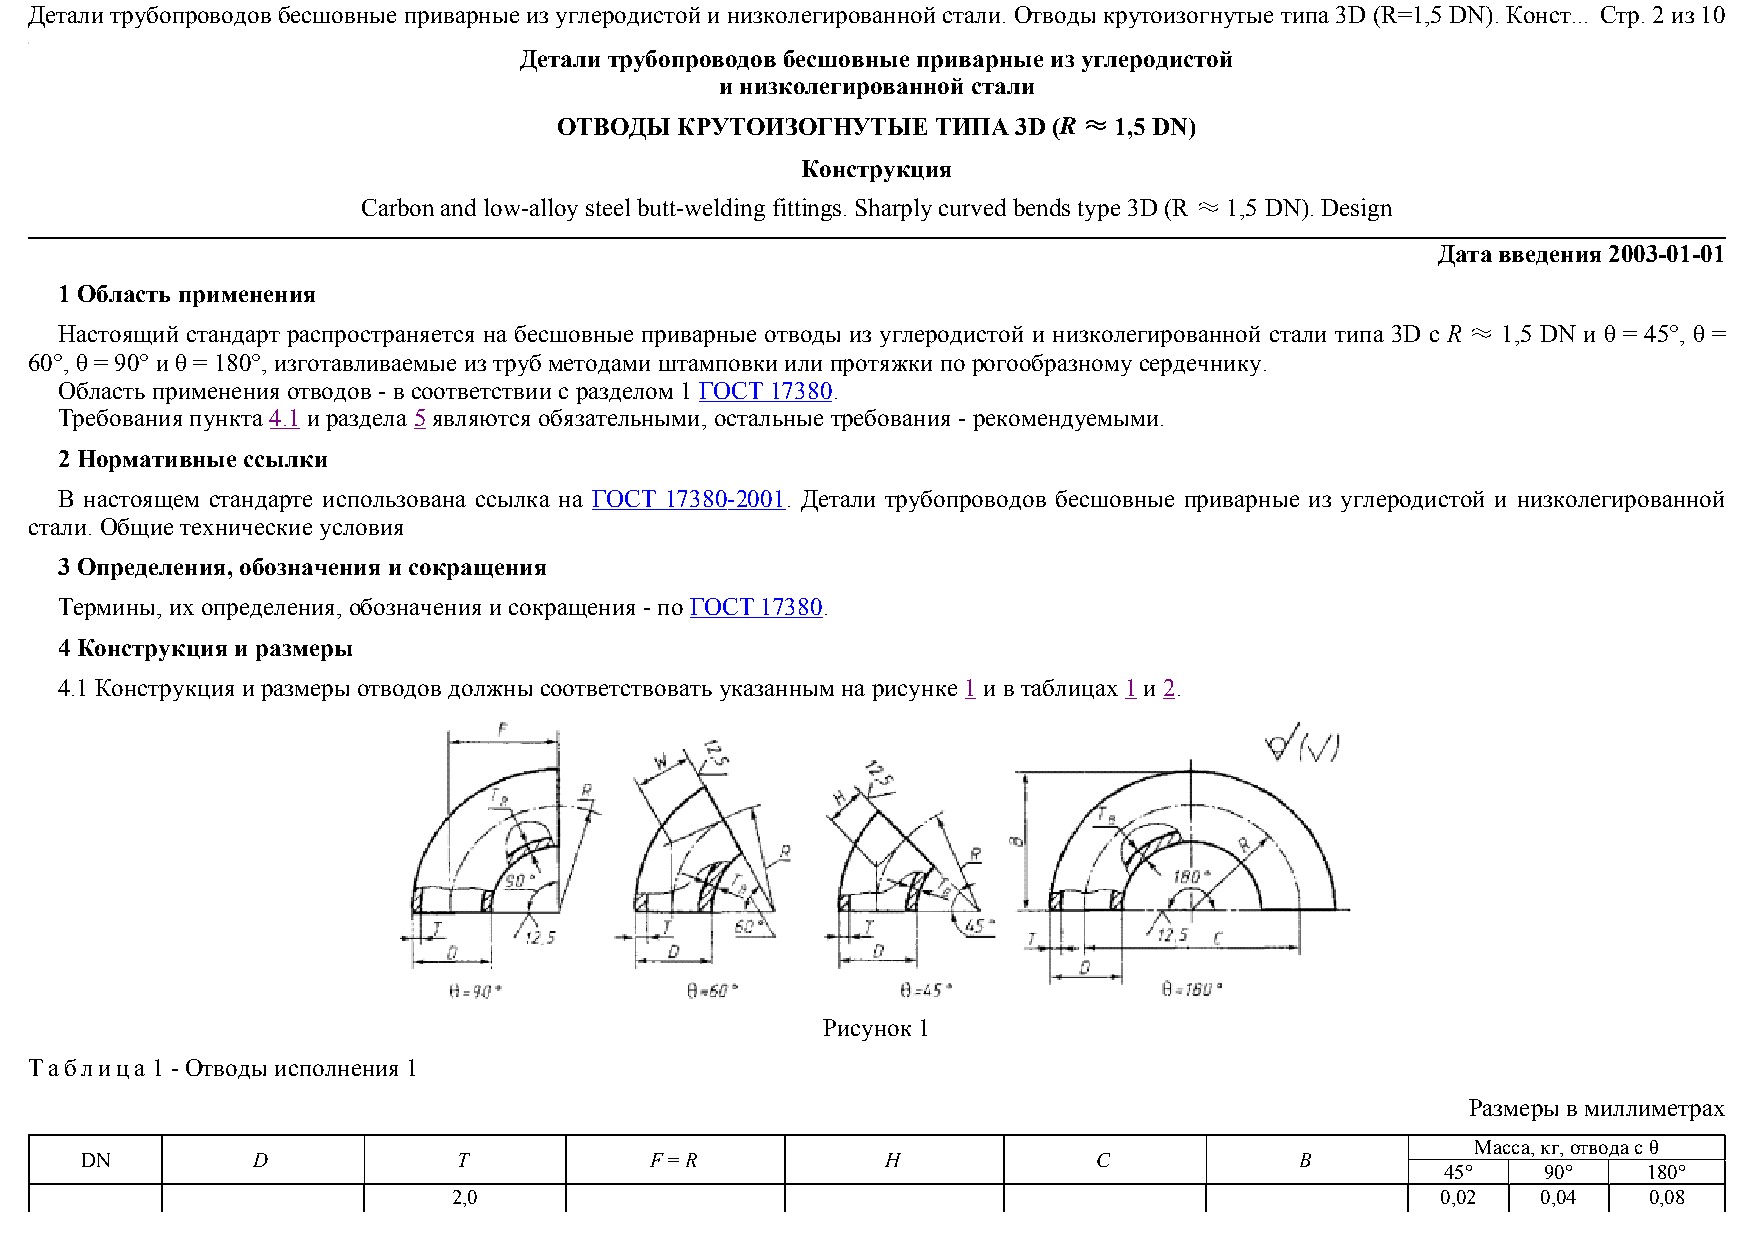
Детали трубопроводов бесшовные приварные из углеродистой и низколегированной стали. Отводы крутоизогнутые типа 3D (R=1,5 DN). Конст... Стр. 2 из 10
 Детали трубопроводов бесшовные приварные из углеродистой
 и низколегированной стали
 ОТВОДЫ  КРУТОИЗОГНУТЫЕ   ТИПА 3D (R ≈ 1,5 DN)
 Конструкция
 Carbon and low-alloy steel butt-welding fittings. Sharply curved bends type 3D (R ≈ 1,5 DN). Design
 Дата введения 2003-01-01
 1 Область применения
 Настоящий стандарт распространяется на бесшовные приварные отводы из углеродистой и низколегированной стали типа 3D с R ≈ 1,5 DN и θ = 45°, θ =
 60°, θ = 90° и θ = 180°, изготавливаемые из труб методами штамповки или протяжки по рогообразному сердечнику.
 Область применения отводов - в соответствии с разделом 1 ГОСТ 17380.
 Требования пункта 4.1 и раздела 5 являются обязательными, остальные требования - рекомендуемыми.
 2 Нормативные ссылки
 В настоящем стандарте использована ссылка на ГОСТ 17380-2001. Детали трубопроводов бесшовные приварные из углеродистой и низколегированной
 стали. Общие технические условия
 3 Определения, обозначения и сокращения
 Термины, их определения, обозначения и сокращения - по ГОСТ 17380.
 4 Конструкция и размеры
 4.1 Конструкция и размеры отводов должны соответствовать указанным на рисунке 1 и в таблицах 1 и 2.
 Рисунок 1
 Таблица 1 - Отводы исполнения 1
 Размеры в миллиметрах
 Масса, кг, отвода с θ
 DN          D            T            F = R           H             С            В
 45°   90°    180°
 2,0                                                              0,02   0,04   0,08